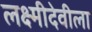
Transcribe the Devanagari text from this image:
लक्ष्मीदेवीला